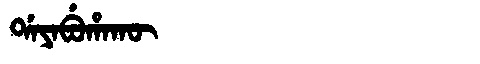
Manchu: ᡩᠠᠶᠠᠪᡠᡥᠠᡴᡡ
Romanization: DAYABUHAKŪ